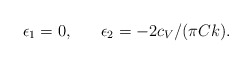
\begin{align*}\epsilon_1=0,\;\;\;\;\;\;\epsilon_2=-2c_V/(\pi Ck).\end{align*}